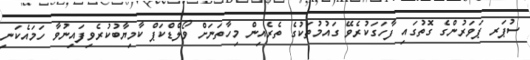
ސުޕަރ ޕަވަރުންގެ ގޮތުގައި ފާހަގަކުރެވޭ ގައުމުތަކުގެ ތެރެއިން މިހާތަނަށް ވޯލްޑްކަޕް ކާމިޔާބުކުރެވިފައިނުވާ ހަމައެކަނި